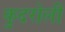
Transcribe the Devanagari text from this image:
कुदरोली